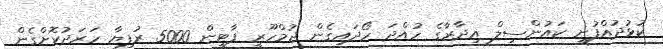
ކުޅުދުއްފުށީ ކައުންސިލް އިދާރާގެ ހުއްދަ ހޯދައިގެން ޖުމްހޫރީ ޕާޓީން 5000 ރުފިޔާ ހަރަދުކޮށްގެން